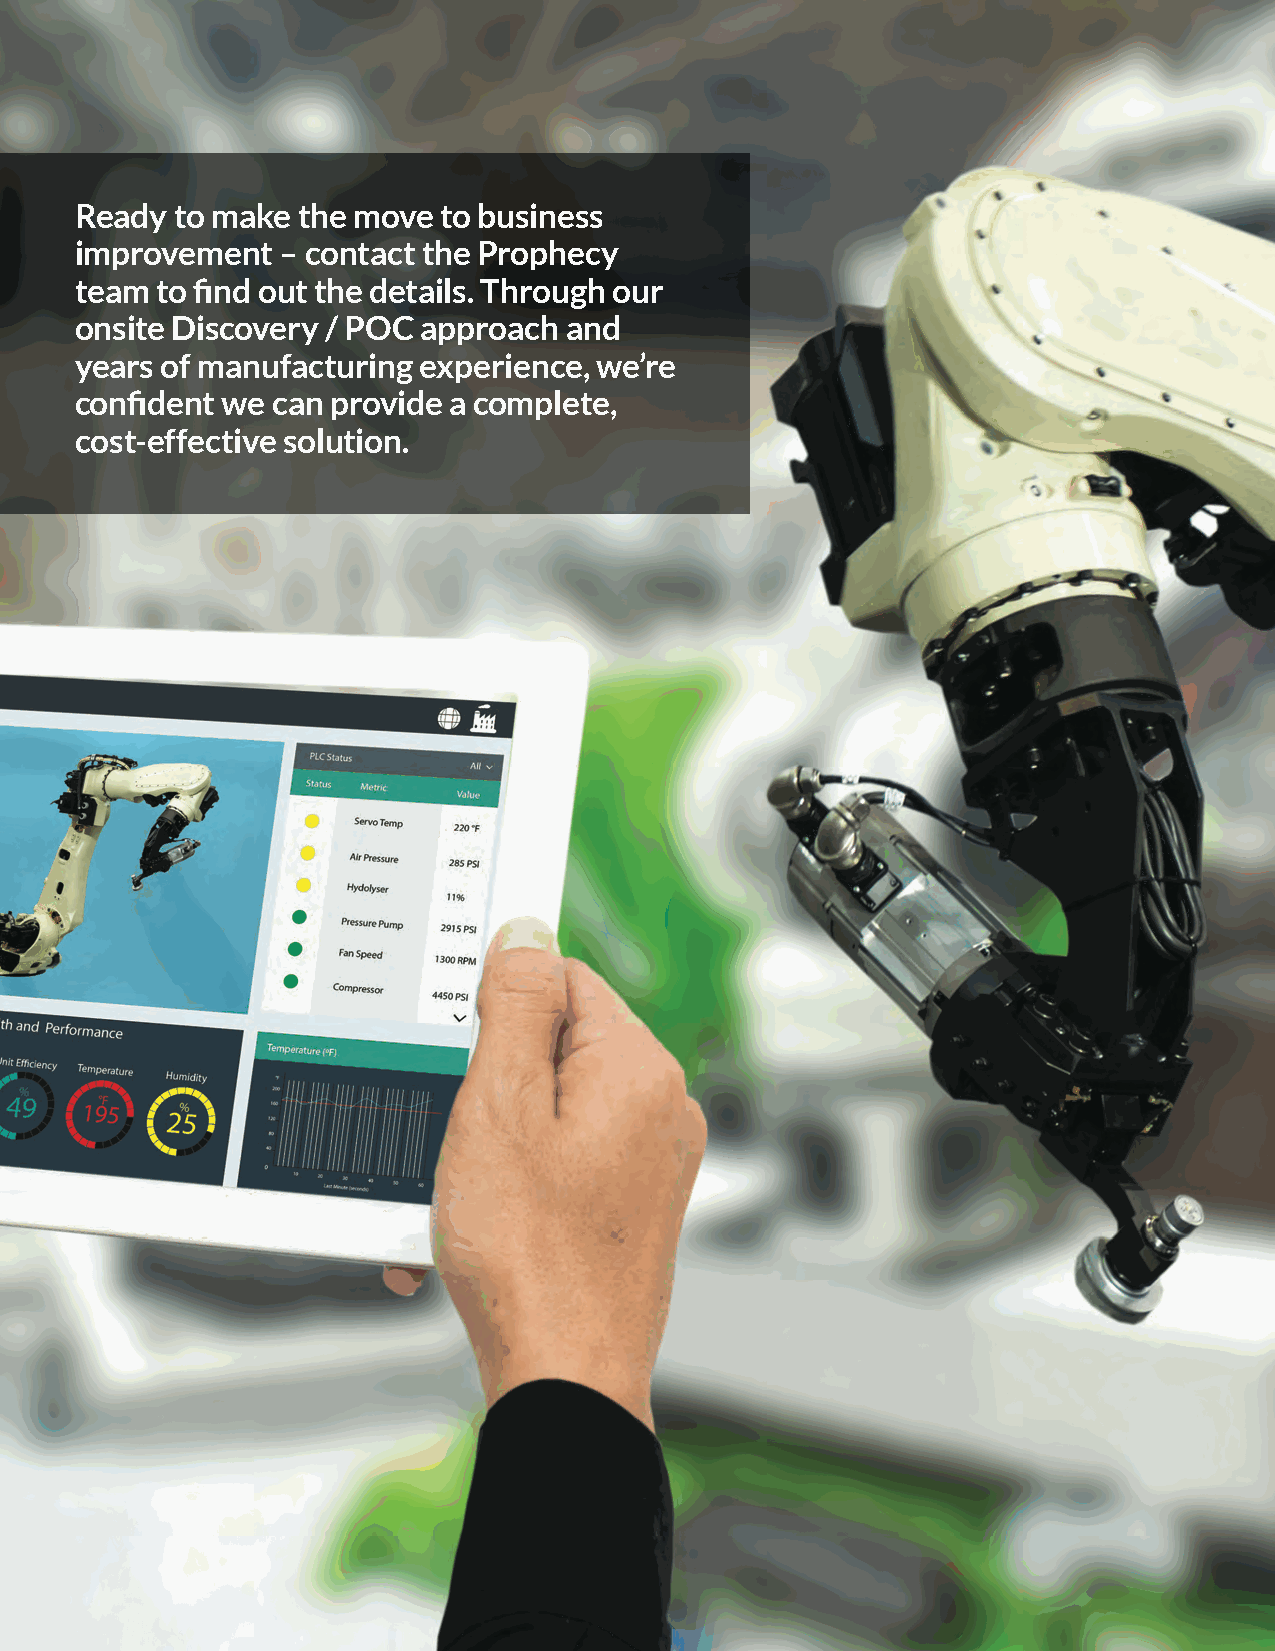
Ready to make  the move to business
 improvement  – contact the Prophecy
 team to find out the details. Through our
 onsite Discovery / POC approach and
 years of manufacturing experience, we’re
 confident we can provide a complete,
 cost-effective solution.